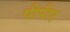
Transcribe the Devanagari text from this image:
पीपीए